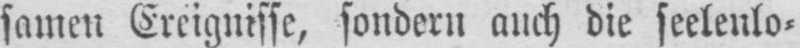
samen Ereignisse, sondern auch die seelenlo⸗